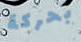
بحركة